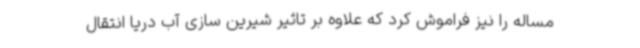
مساله را نیز فراموش کرد که علاوه بر تاثیر شیرین سازی آب دریا انتقال